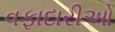
વફાદારીઓ